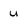
Character: u